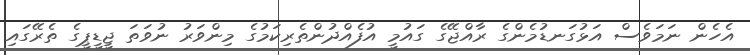
އެހެން ނަމަވެސް އަޅުގަނޑުމެންގެ ރާއްޖޭގެ ގައުމީ އުފެއްދުންތެރިކަމުގެ މިންވަރު ނުވަތަ ޖީޑީޕީގެ ތެރޭގައި